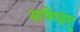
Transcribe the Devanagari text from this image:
सपिण्डन्